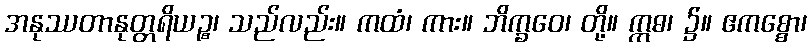
အနုဿတာနုတ္တရိယဉ္စ၊ သည်လည်း။ ကထံ၊ ကား။ ဘိက္ခဝေ၊ တို့။ ဣဓ၊ ၌။ ဧကစ္စော၊